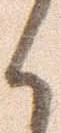
く